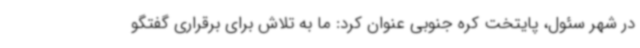
در شهر سئول، پایتخت کره جنوبی عنوان کرد: ما به تلاش برای برقراری گفتگو